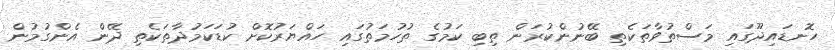
ހޮނޑައިދޫގައި މަސްތުވާތަކެތި ބޭނުންކުރަން ތިބި ކަމުގެ ތުހުމަތުގައި ހައްޔަރުކޮށް ކުޑަކަމުދާތަކެތި ދޭން އެންގުމުން